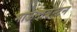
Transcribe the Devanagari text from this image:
माऊन्टबेन्टन